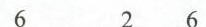
6 2 6